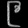
Digit: ၉